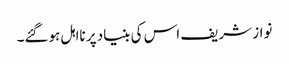
نواز شریف اس کی بنیاد پر نااہل ہوگئے۔